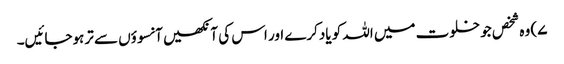
۷) وہ شخص جو خلوت میں اللہ کو یادکرے اور اس کی آنکھیں آنسوؤں سے ترہوجائیں۔